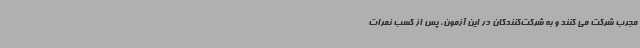
مجرب شرکت می کنند و به شرکت‌کنندگان در این آزمون، پس از کسب نمرات